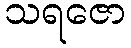
သရဇော